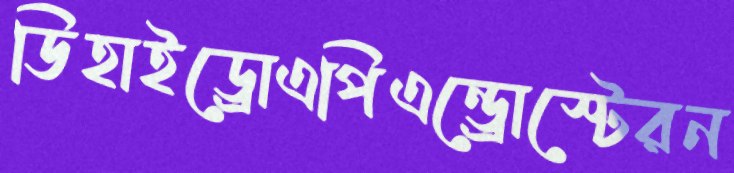
ডিহাইড্রোএপিএন্ড্রোস্টেরন